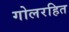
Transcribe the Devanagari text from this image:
गोलरहित